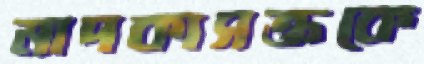
মাদকাসক্তকে